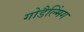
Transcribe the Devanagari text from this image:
गोडैल्मिंग